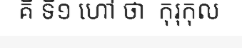
គឺ ទី១ ហៅ ថា  កុរុកុល